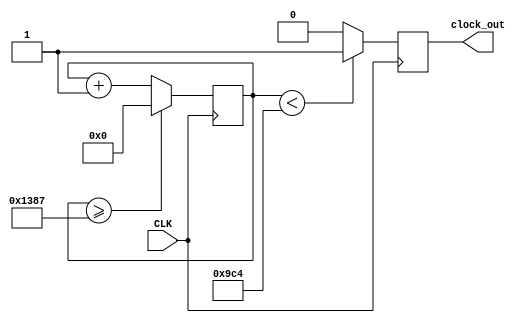
`timescale 1ns / 1ps
//////////////////////////////////////////////////////////////////////////////////
// Company: 
// Engineer: 
// 
// Design Name: 
// Module Name: keypad_clk_generator
// Project Name: 
// Target Devices: 
// Tool Versions: 
// Description: 
// 100 MHz to 10kHz
// Dependencies: 
// 
// Revision:
// Revision 0.01 - File Created
// Additional Comments:
// 
//////////////////////////////////////////////////////////////////////////////////


module keypad_clk_generator(input CLK,
    output reg clock_out
    );

    reg [29:0] counter = 30'd0;
    parameter DIVISION = 30'd50_00;
    always @(posedge CLK)
    begin  
    counter <= counter + 30'd1;
    if(counter>=(DIVISION -1))
        counter <= 30'd0;
     clock_out <= (counter < DIVISION  /2)?1'b1:1'b0;
     end
endmodule